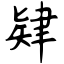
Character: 肄